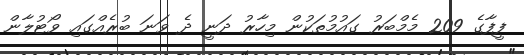
ފީފާގެ 209 މެމްބަރު ގައުމުތަކުން މިހާރު ދަނީ ދެ ވަނަ ބުރެއްގައި ވޯޓުލާން